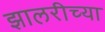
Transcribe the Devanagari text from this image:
झालरीच्या